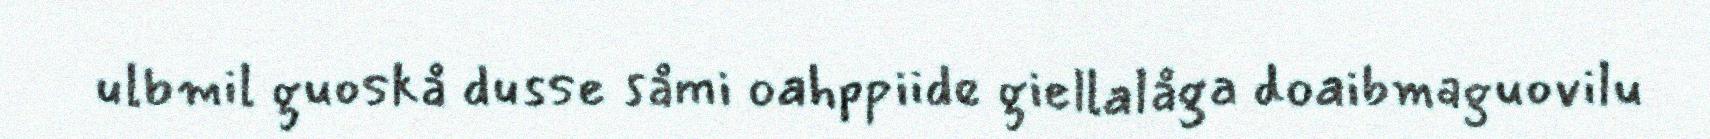
ulbmil guoskå dusse såmi oahppiide giellalåga doaibmaguovilu